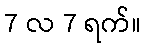
7 လ 7 ရက်။